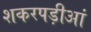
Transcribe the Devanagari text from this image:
शकरपड़ीआं